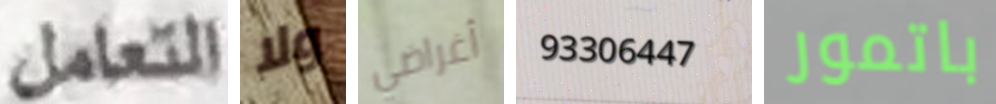
التعامل ولا أغراضي 93306447 باتمور